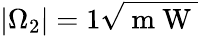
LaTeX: |\Omega_{2}|=1\sqrt{\mathrm{~m~W~}}